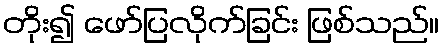
တိုး၍ ဖော်ပြလိုက်ခြင်း ဖြစ်သည်။